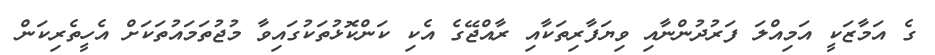
ގެ އަމާޒަކީ އަމިއްލަ ފަރުދުންނާއި ވިޔަފާރިތަކާއި ރާއްޖޭގެ އެކި ކަންކޮޅުތަކުގައިވާ މުޖުތަމައުތަކަށް އެހީތެރިކަން